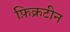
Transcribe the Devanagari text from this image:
फ़िक्रटीन